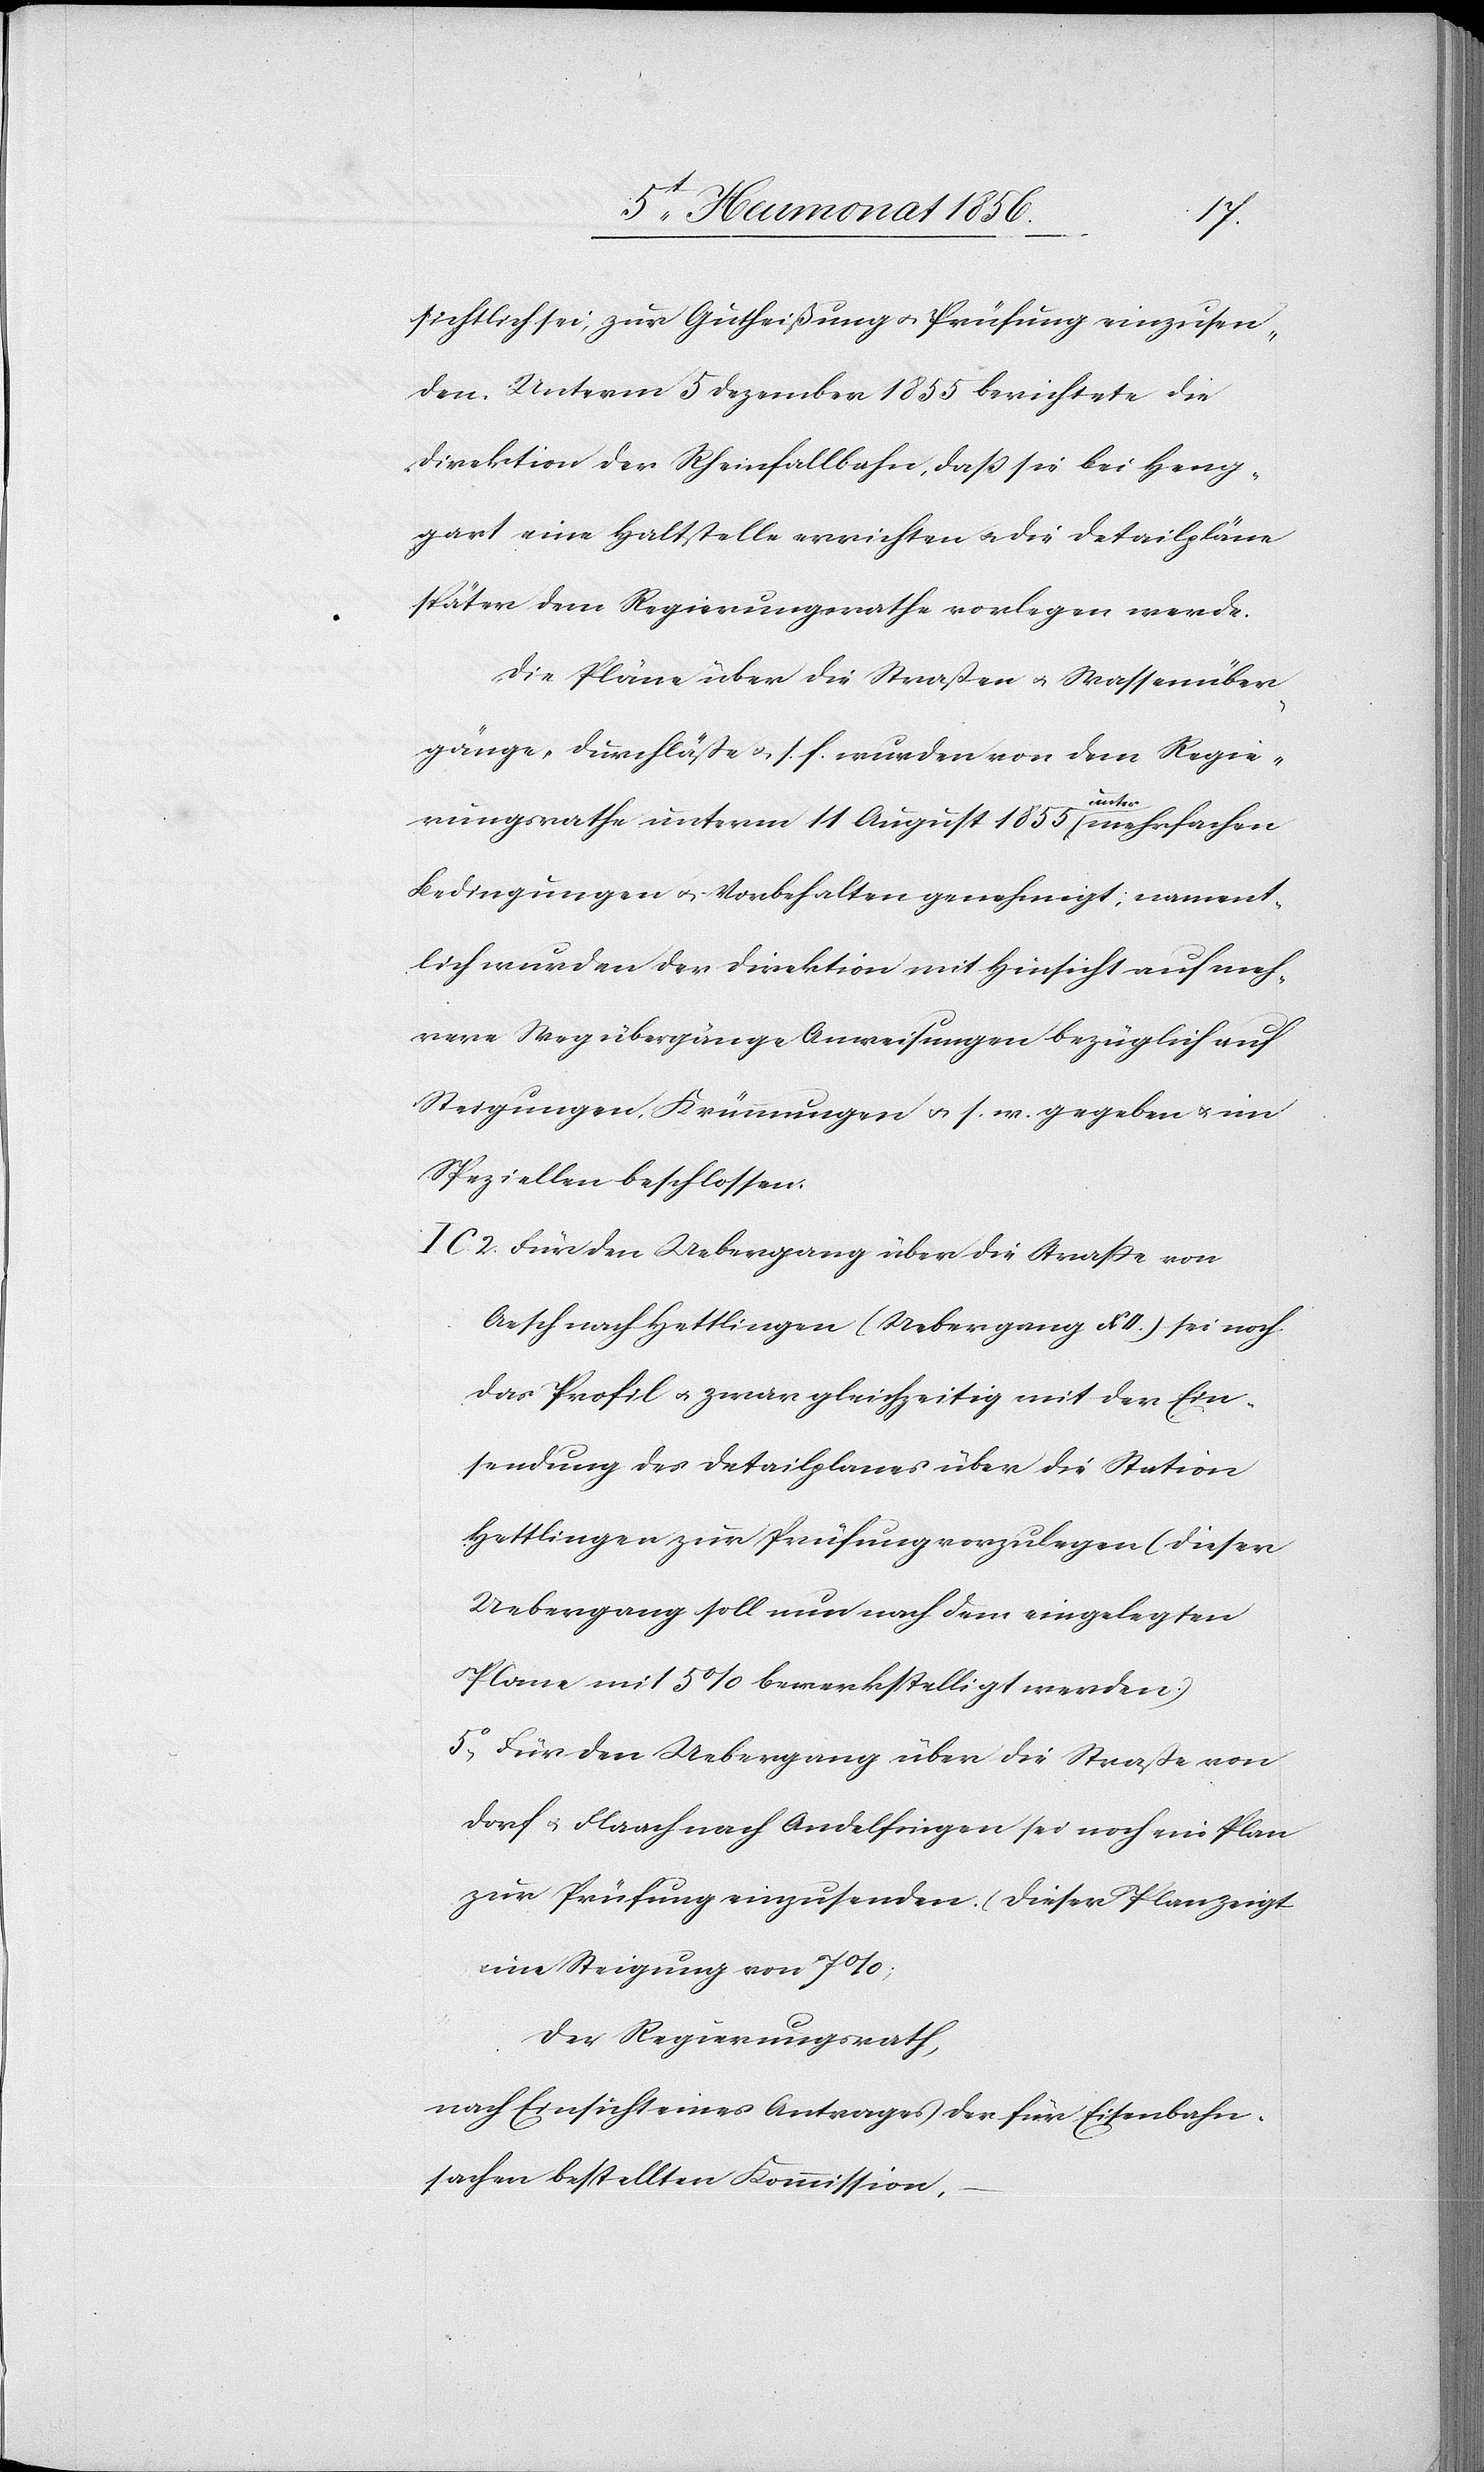
sichtlich sei, zur Gutheißung u. Prüfung einzusen¬
den. Unterm 5 Dezember 1855 berichtete die
Direktion der Rheinfallbahn, dass sie bei Heng¬
gart eine Haltstelle errichten u. die Detailpläne
später dem Regierungsrathe vorlegen werde.
Die Pläne über die Straßen u. Wassenüber¬
gänge [sic!], Durchläße u. s. f. wurden von dem Regie¬
rungsrathe unterm 11 August 1855 a-unter-a mehrfachen
Bedingungen u. Vorbehalten genehmigt; nament¬
lich wurden der Direktion mit Hinsicht auf meh¬
rere Wegübergänge Anweisungen bezüglich auf
Steigungen, Krümmungen u s. w. gegeben u. im
Speziellen beschlossen:
C. 2. Für den Uebergang über die Strasse von
Aesch nach Hettlingen (Uebergang XII.) sei noch
das Profil u. zwar gleichzeitig mit der Ein¬
sendung des Detailplanes über die Station
Hettlingen zur Prüfung vorzulegen (dieser
Uebergang soll nun nach dem eingelegten
Plane mit 15% bewerkstelligt werden.)
3o] Für den Uebergang über die Straße von
Dorf u. Flaach nach Andelfingen sei noch ein Plan
zur Prüfung einzusenden. (Dieser Plan zeigt
eine Steigung von 7%[)].
Der Regierungsrath,
nach Einsicht eines Antrages der für Eisenbahn¬
sachen bestellten Kommission,